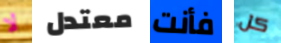
لا معتدل فأنت كل